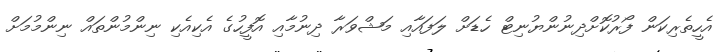
އެހީތެރިކަން ފޯރުކޮށްދިނުންޔުނިޓް ހެޑަށް ލަފައާއި މަޝްވަރާ ދިނުމާއި އޮފީހުގެ އެކިއެކި ނިންމުންތައް ނިންމުމަށް